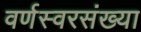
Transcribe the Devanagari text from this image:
वर्णस्वरसंख्या